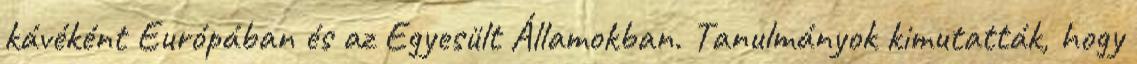
kávéként Európában és az Egyesült Államokban. Tanulmányok kimutatták, hogy